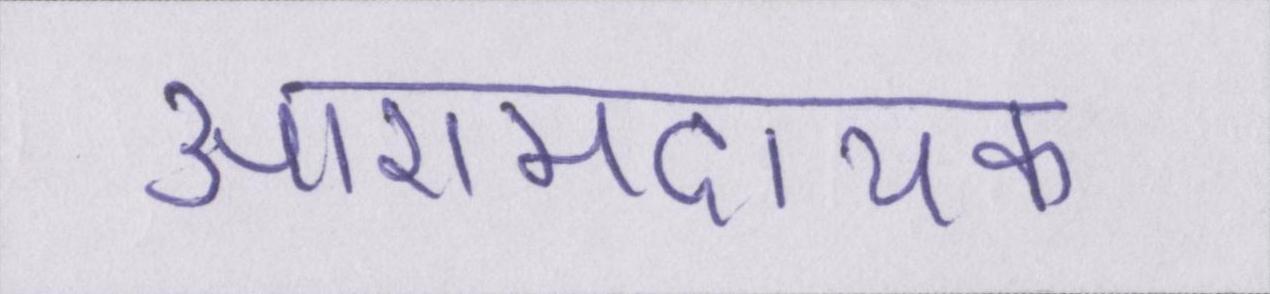
आरामदायक